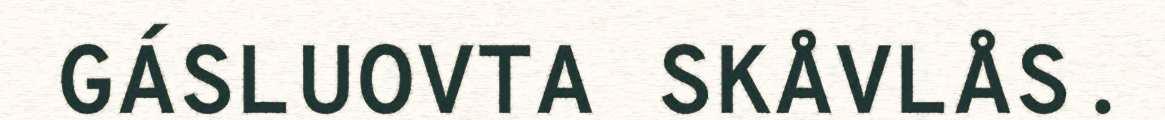
GÁSLUOVTA SKÅVLÅS.